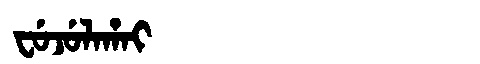
Manchu: ᠸᡠᠵᡠᠯᠠᡥᠠᡳ
Romanization: FUJULAHAI